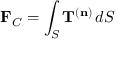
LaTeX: \mathbf { F } _ { C } = \int _ { S } \mathbf { T } ^ { ( \mathbf { n } ) } \, d S